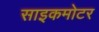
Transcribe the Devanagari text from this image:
साइकमोटर